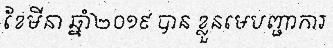
ខែមីនា ឆ្នាំ២០១៩ បាន ខ្លួនមេបញ្ជាការ